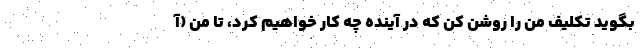
بگوید تکلیف من را روشن کن که در آینده چه کار خواهیم کرد، تا من (آ